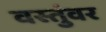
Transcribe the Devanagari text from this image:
वस्तुंवर